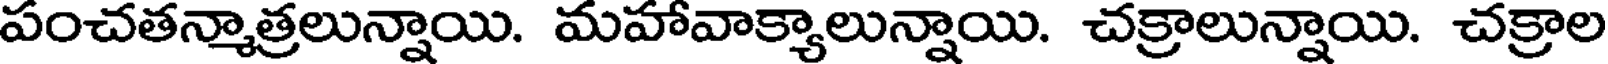
పంచతన్మాత్రలున్నాయి. మహావాక్యాలున్నాయి. చక్రాలున్నాయి. చక్రాల